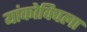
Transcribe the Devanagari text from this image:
यांकोविचला